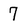
Character: 7